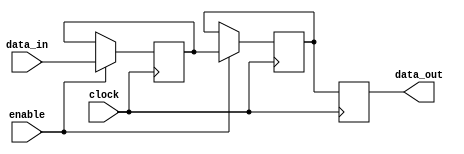
module sequential_logic_block (
    input wire data_in,
    input wire enable,
    input wire clock,
    output reg data_out
);

reg latch_output;
reg d_ff_output;

always @ (posedge clock) begin
    if (enable) begin
        latch_output <= data_in;
        d_ff_output <= latch_output;
    end
end

always @ (posedge clock) begin
    data_out <= d_ff_output;
end

endmodule